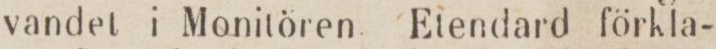
vandet i Monitören Etendard förkla-